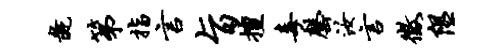
彘第指言旨擅毒罄汝言征隰